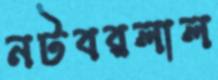
নটবরলাল